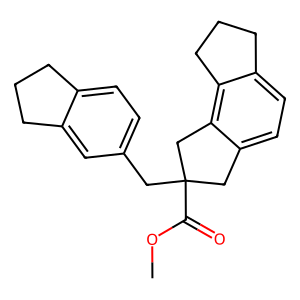
SMILES: COC(=O)C1(Cc2ccc3c(c2)CCC3)Cc2ccc3c(c2C1)CCC3
Inhibits HIV replication: No